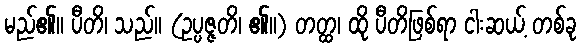
မည်၏။ ပီတိ၊ သည်။ (ဥပ္ပဇ္ဇတိ၊ ၏။) တတ္ထ၊ ထို ပီတိဖြစ်ရာ ငါးဆယ့် တစ်ခု